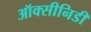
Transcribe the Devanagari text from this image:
ऑक्सीनिडी